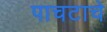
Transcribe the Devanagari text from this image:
पाचटाचे